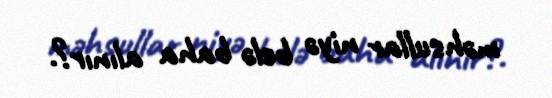
məhsullar niyə belə baha alınır?.